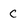
Character: c